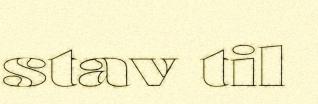
stav til